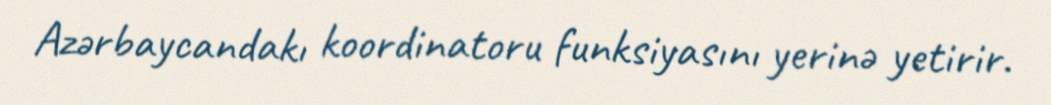
Azərbaycandakı koordinatoru funksiyasını yerinə yetirir.